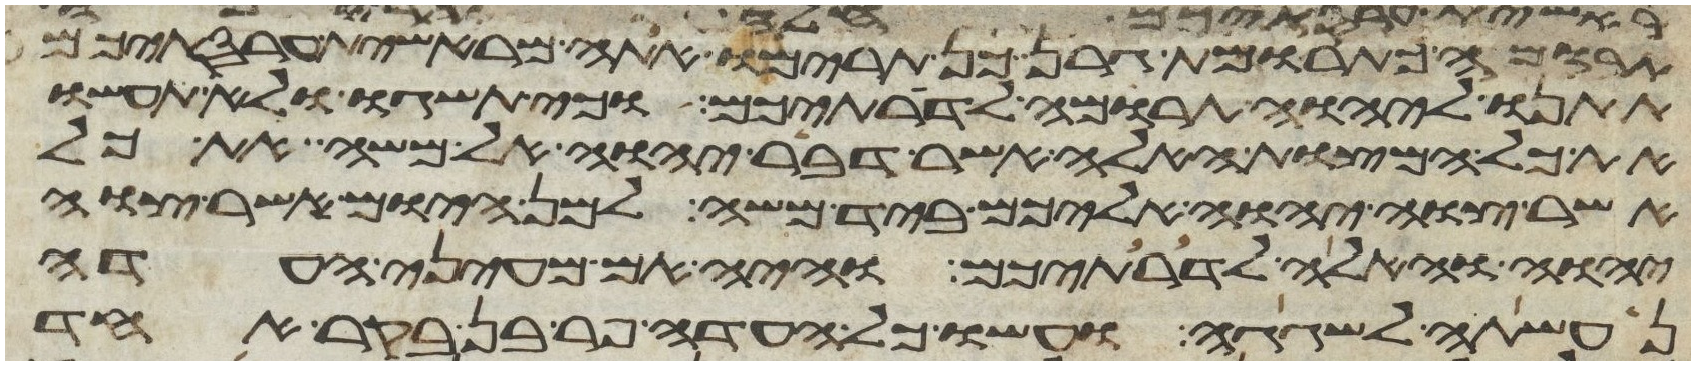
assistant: תרומה כתרומת גרן כן תרימו אתה מראשית עריסתיכם
תתנו ליהוה תרומה לדרתיכם וכי תשגו ולא תעשו
את כל המצות האלה אשר דבר יהוה אל משה את כל
אשר צוה יהוה אליכם ביד משה למן היום אשר צוה
יהוה והלאה לדרתיכם והיה אם מעיני העדה
נעשתה לשגגה ועשו כל העדה פר בן בקר אחד